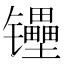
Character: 𰿉